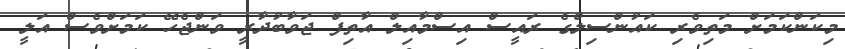
މިކަންކަމަށް މަތިވެރި ކައުންސިލްގެ ރައީސް އިސްމާއިލް އާތިފް ޖަވާބުދާރީ ވަންޖެހޭ ކަމަށްވެސް އަލީ